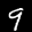
Label: 9